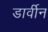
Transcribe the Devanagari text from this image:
डार्वीन